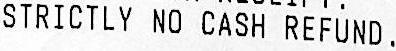
STRICTLY NO CASH REFUND.